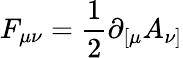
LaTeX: F_{\mu\nu}=\frac{1}{2}\partial_{[\mu}A_{\nu]}